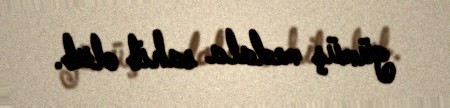
gümüş medala sahib olub.